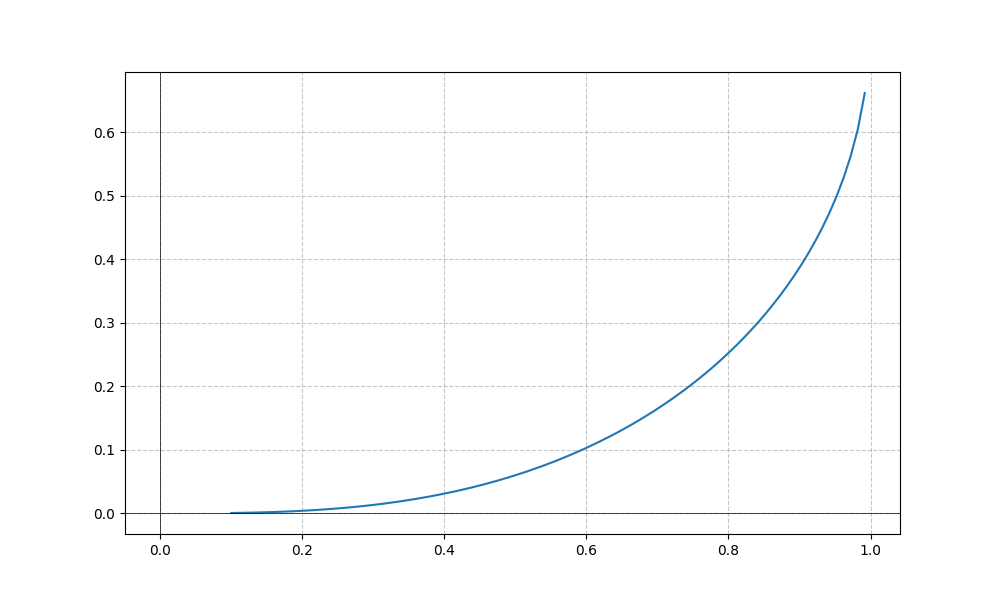
LaTeX formula: - \operatorname{acos}{\left(x \right)} + \operatorname{acot}{\left(x \right)}